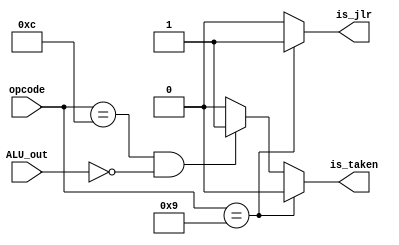
module branch_control(opcode,ALU_out,is_taken,is_jlr);
	input [3:0] opcode;
	input [15:0] ALU_out;
	output reg is_taken;
	output reg is_jlr;
	
	
	
	always @(*)
		begin
			if(opcode==4'b1001)
				begin
					is_jlr=1'b1;
					is_taken=1'b0;
				end
			else if (opcode==4'b1100 && ALU_out==16'b0)
				begin
					is_jlr=1'b0;
					is_taken=1'b1;	
				end
			else
				begin
					is_jlr=1'b0;
					is_taken=1'b0;
				end
		end


endmodule